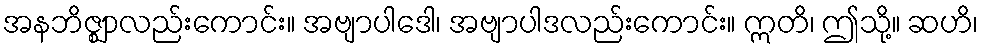
အနဘိဇ္ဈာလည်းကောင်း။ အဗျာပါဒေါ၊ အဗျာပါဒလည်းကောင်း။ ဣတိ၊ ဤသို့။ ဆဟိ၊